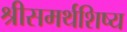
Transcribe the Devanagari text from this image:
श्रीसमर्थशिष्य